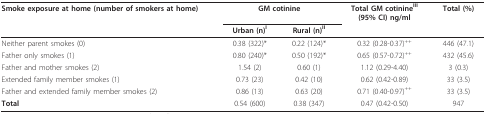
| Smoke exposure at home (number of smokers at home) | <COLSPAN=2> GM cotinine | Total GM cotinineIII(95% CI) ng/ml | Total (%) |
 |  | Urban (n)I | Rural (n)II |  |  |
 | --- | --- | --- | --- | --- |
 | Neither parent smokes (0) | 0.38 (322)* | 0.22 (124)* | 0.32 (0.28-0.37)++ | 446 (47.1) |
 | Father only smokes (1) | 0.80 (240)* | 0.50 (192)* | 0.65 (0.57-0.72)++ | 432 (45.6) |
 | Father and mother smokes (2) | 1.54 (2) | 0.60 (1) | 1.12 (0.29-4.40) | 3 (0.3) |
 | Extended family member smokes (1) | 0.73 (23) | 0.42 (10) | 0.62 (0.42-0.89) | 33 (3.5) |
 | Father and extended family member smokes (2) | 0.86 (13) | 0.63 (20) | 0.71 (0.40-0.97)++ | 33 (3.5) |
 | Total | 0.54 (600) | 0.38 (347) | 0.47 (0.42-0.50) | 947 |